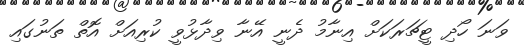
ވަނަ ހޯދި ޓީޗަރަކަށް އިނާމު ދެނީ އޭނާ ވިދާޅުވީ ކުރިއަށް އޮތް ތަނުގައި